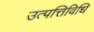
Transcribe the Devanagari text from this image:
उत्पत्तिविधि